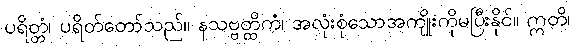
ပရိတ္တံ၊ ပရိတ်တော်သည်။ နသဗ္ဗတ္ထိကံ၊ အလုံးစုံသောအကျိုးကိုမပြီးနိုင်။ ဣတိ၊